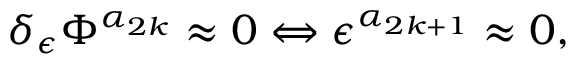
\delta _ { \epsilon } \Phi ^ { \alpha _ { 2 k } } \approx 0 \Leftrightarrow \epsilon ^ { \alpha _ { 2 k + 1 } } \approx 0 ,